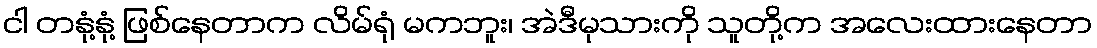
ငါ တနုံ့နုံ့ ဖြစ်နေတာက လိမ်ရုံ မကဘူး၊ အဲဒီမုသားကို သူတို့က အလေးထားနေတာ